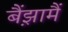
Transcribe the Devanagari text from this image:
बैंझ़ामैं